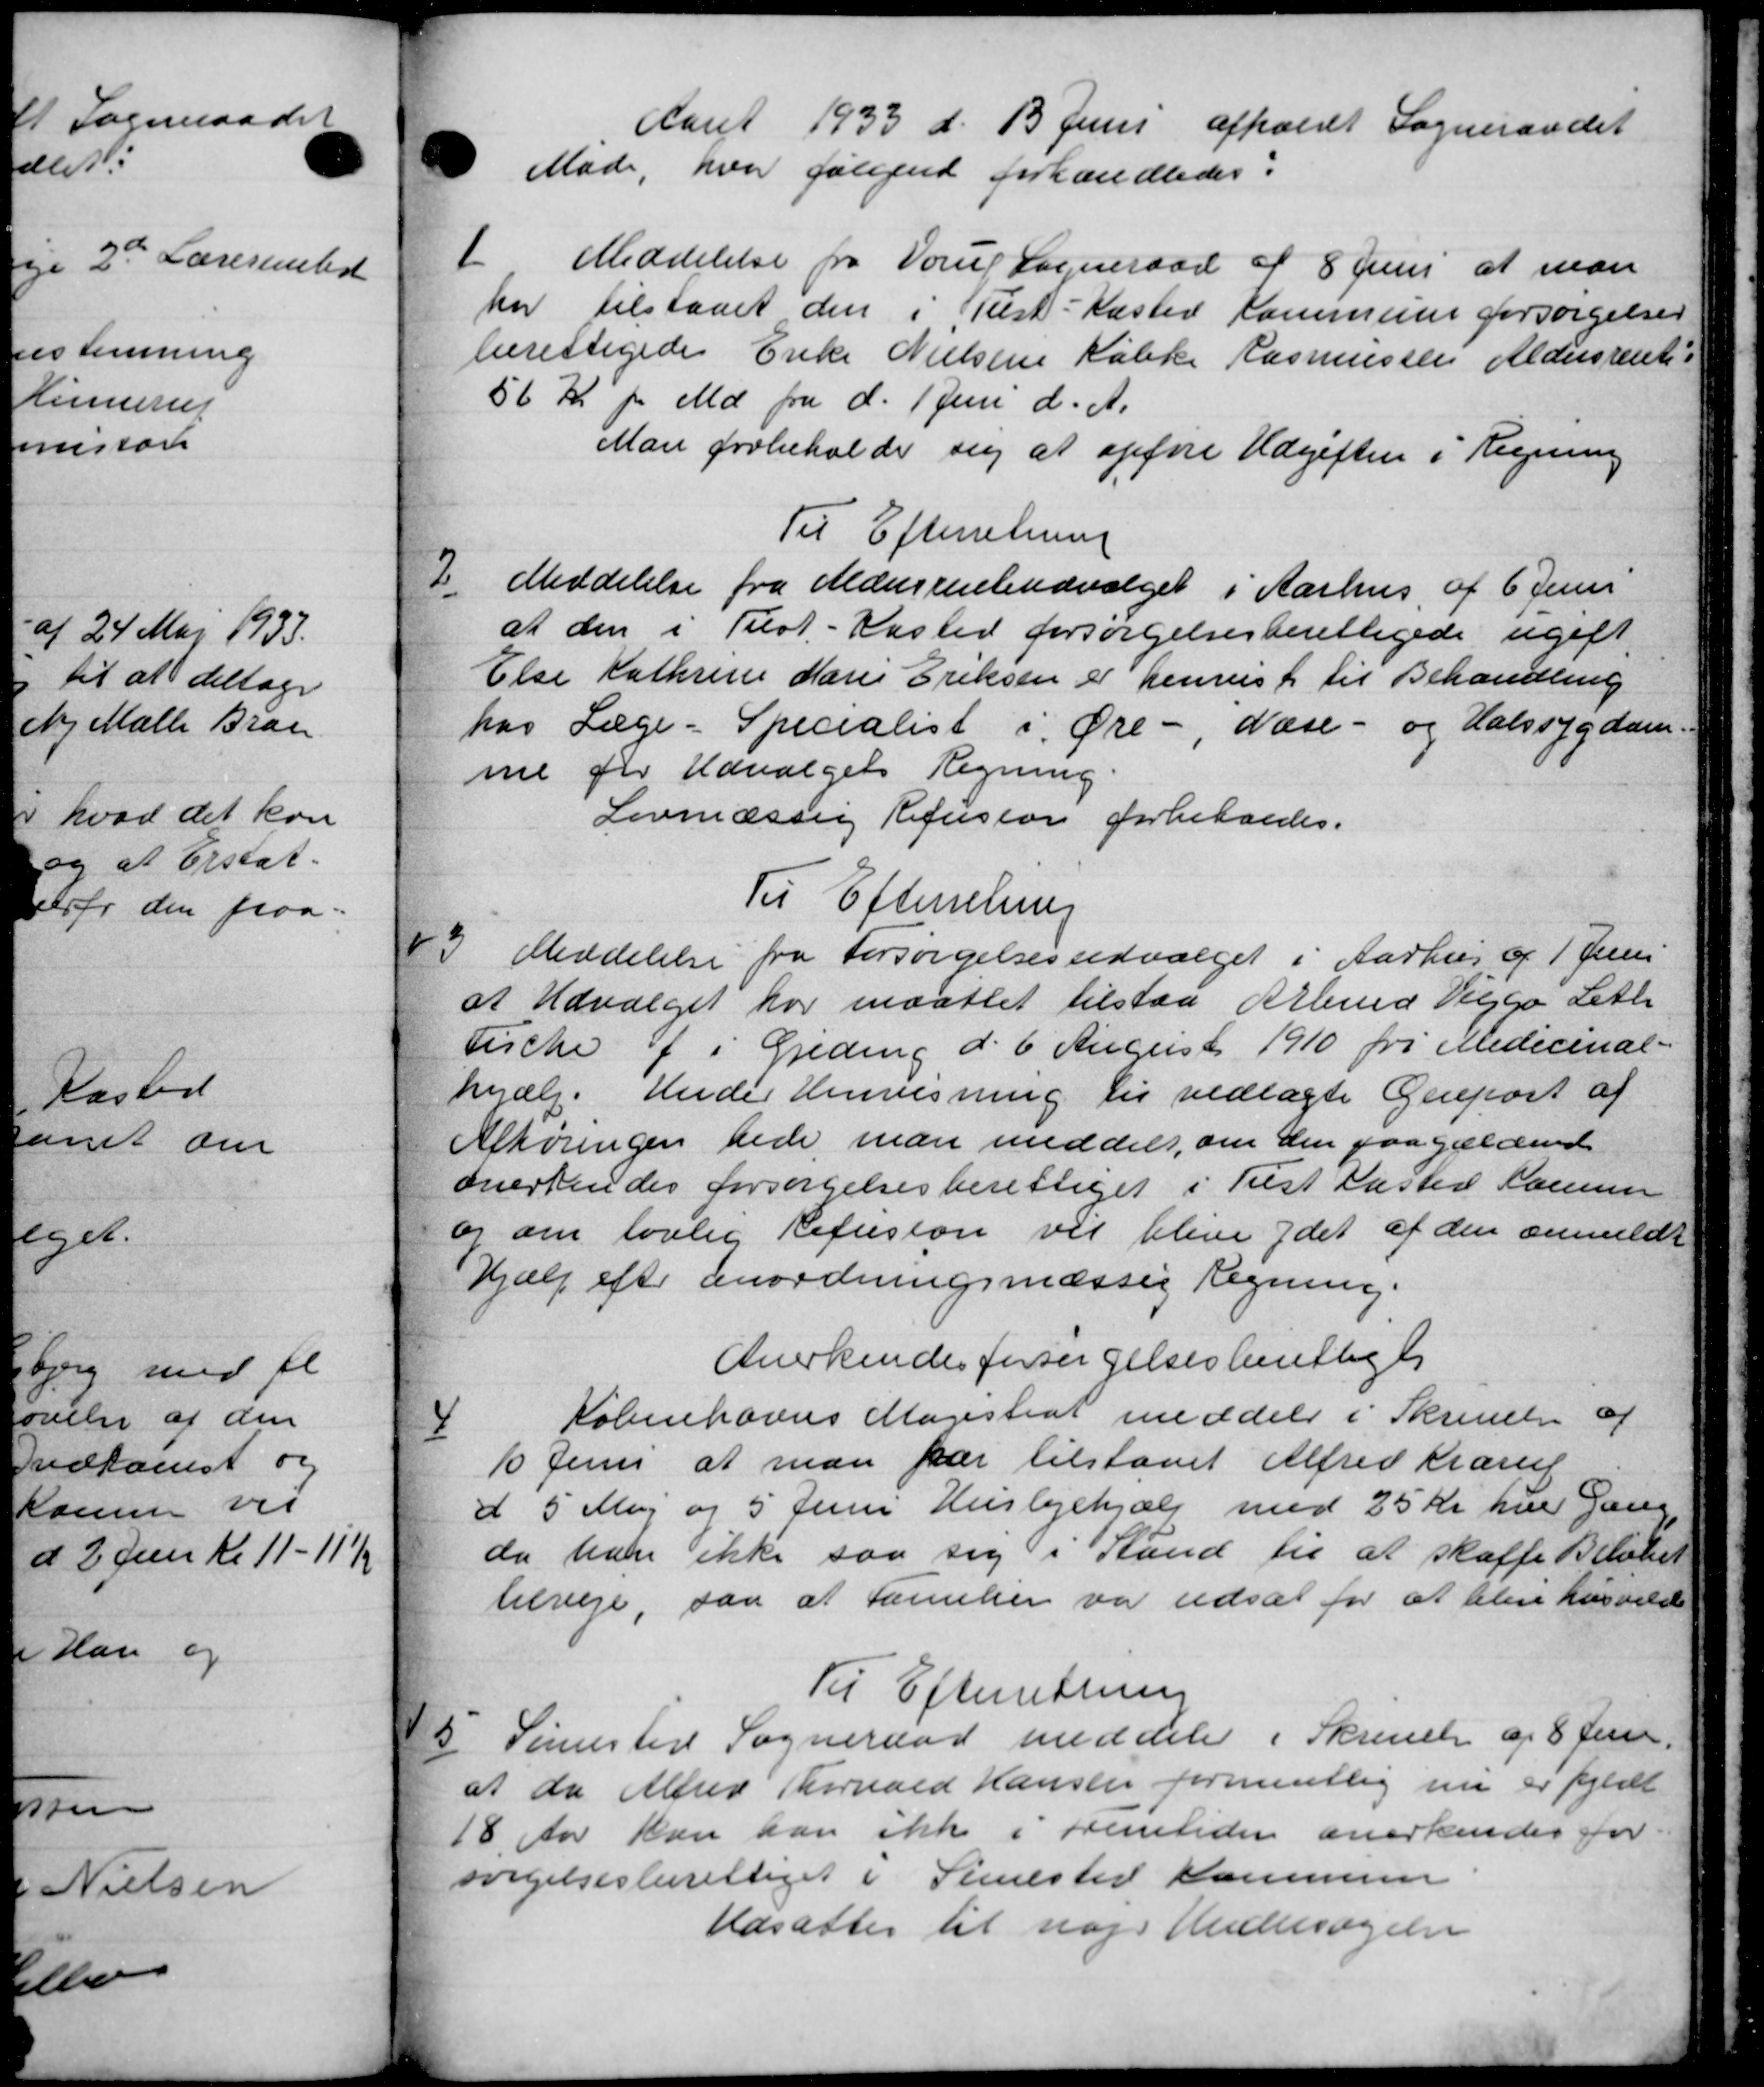
Transskription:
Aaret 1933 d. 1 Juni afholdt Sogneraadet
Møde, hvor følgende forhandledes:
1
Meddelelse fra Poul Sogneraad d 8 Juni at man
har tilstaaet den i Test-Kasted Kommune forsørgelses
berettigedes Enke Nielsens Købke Rasmussen Aldersrentes
56 Kr pr Md. fra d. 1 Juni d. A.
Man forbeholde sig at opføre Udgiften i Regning
Til Efterretning
2
Meddelelse fra Aldersrenteudvalget i Aarhus af 6 Juni
at den i Tilst-Kasted forsørgelsesberettigede ugift
Else Kathrine Marie Eriksen er henvist til Behandling
hos Læge - Specialist i Øre - Næse- og Halssygdom.
mne for Udvalgets Regning
Lovmæssig Refusion forbelaldes.
Til Efterretning
3
Meddelelse fra Forsørgelsesudvalget i Aarhus af 1' Juni
at Udvalget har maattet tilstaa Arbmd Viggo Leth
Eicke f i Greding d. 6 August 1910 fri Medicinal-
hjælp. Under Henvisning til vedlagte Genport af
Afhøringen bede man meddelt, om den paagældende
anerkendes forsørgelsesberettiget i Tist Aasted Sammer
og om lovlig Refusion vil blive ydet af den anmeldt
Hjælp efter anordningsmæssig Regning.
Anerkendes forsørgelsesberettiget
4
Københavns Magistrat meddele i Skrivelse af
10 Juni at man har tilstaaet Alfred Krarup
d 5 Maj og 5 Juni Huslejehjælp med 25 Kr hver Gang
da han ikke saa sig i Stand til at skaffe Beløbet
tilveje, saa at Familier var udsat for at blev husvelde
Til Efterretning
5
Sønnester Sogneraad meddeler i Skrivelse af 8 Juni
at da Aller Thorvald Hansen formentlig nu er fyldt
18 Aar kan kan ikke i Fremtiden anerkendes for
sørgelsesberettiget i Simester Kommune
Udsattes til nøje Undersøgelse